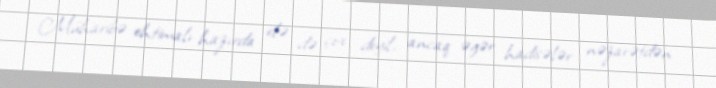
Müharibə ehtimalı hazırda elə də çox deyil, ancaq əgər hadisələr nəzarətdən